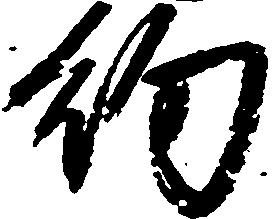
約